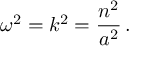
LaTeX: \omega ^ { 2 } = k ^ { 2 } = \frac { n ^ { 2 } } { a ^ { 2 } } \, .